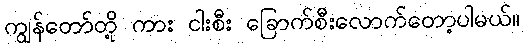
ကျွန်တော်တို့ ကား ငါးစီး ခြောက်စီးလောက်တော့ပါမယ်။